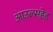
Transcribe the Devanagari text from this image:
आउल्सहेड